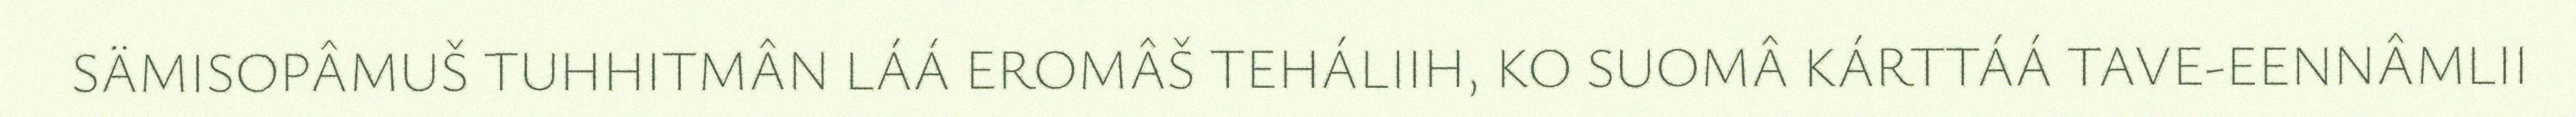
SÄMISOPÂMUŠ TUHHITMÂN LÁÁ EROMÂŠ TEHÁLIIH, KO SUOMÂ KÁRTTÁÁ TAVE-EENNÂMLII